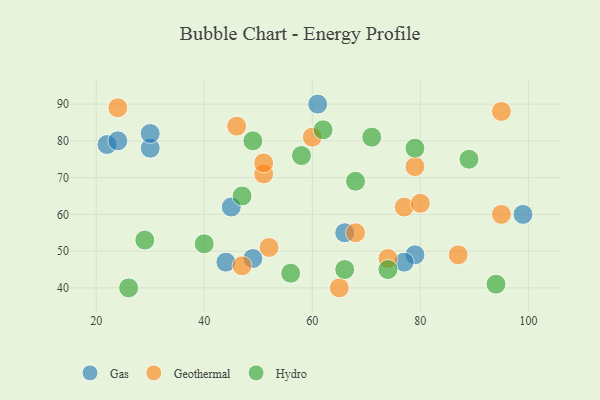
{"axis": {"x": "GDP", "y": "Life Expectancy"}, "legend": ["Gas", "Geothermal", "Hydro"], "data": [{"x": "66", "y": 55, "type": "Gas"}, {"x": "79", "y": 49, "type": "Gas"}, {"x": "45", "y": 62, "type": "Gas"}, {"x": "44", "y": 47, "type": "Gas"}, {"x": "61", "y": 90, "type": "Gas"}, {"x": "99", "y": 60, "type": "Gas"}, {"x": "30", "y": 78, "type": "Gas"}, {"x": "49", "y": 48, "type": "Gas"}, {"x": "22", "y": 79, "type": "Gas"}, {"x": "77", "y": 47, "type": "Gas"}, {"x": "24", "y": 80, "type": "Gas"}, {"x": "30", "y": 82, "type": "Gas"}, {"x": "77", "y": 62, "type": "Geothermal"}, {"x": "24", "y": 89, "type": "Geothermal"}, {"x": "95", "y": 88, "type": "Geothermal"}, {"x": "46", "y": 84, "type": "Geothermal"}, {"x": "80", "y": 63, "type": "Geothermal"}, {"x": "74", "y": 48, "type": "Geothermal"}, {"x": "60", "y": 81, "type": "Geothermal"}, {"x": "47", "y": 46, "type": "Geothermal"}, {"x": "87", "y": 49, "type": "Geothermal"}, {"x": "79", "y": 73, "type": "Geothermal"}, {"x": "51", "y": 71, "type": "Geothermal"}, {"x": "68", "y": 55, "type": "Geothermal"}, {"x": "95", "y": 60, "type": "Geothermal"}, {"x": "65", "y": 40, "type": "Geothermal"}, {"x": "52", "y": 51, "type": "Geothermal"}, {"x": "51", "y": 74, "type": "Geothermal"}, {"x": "74", "y": 45, "type": "Hydro"}, {"x": "47", "y": 65, "type": "Hydro"}, {"x": "40", "y": 52, "type": "Hydro"}, {"x": "68", "y": 69, "type": "Hydro"}, {"x": "29", "y": 53, "type": "Hydro"}, {"x": "66", "y": 45, "type": "Hydro"}, {"x": "26", "y": 40, "type": "Hydro"}, {"x": "58", "y": 76, "type": "Hydro"}, {"x": "56", "y": 44, "type": "Hydro"}, {"x": "71", "y": 81, "type": "Hydro"}, {"x": "94", "y": 41, "type": "Hydro"}, {"x": "49", "y": 80, "type": "Hydro"}, {"x": "89", "y": 75, "type": "Hydro"}, {"x": "79", "y": 78, "type": "Hydro"}, {"x": "62", "y": 83, "type": "Hydro"}]}